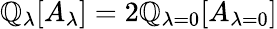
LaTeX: \mathbb{Q}_{\lambda}[A_{\lambda}]=2\mathbb{Q}_{\lambda=0}[A_{\lambda=0}]